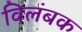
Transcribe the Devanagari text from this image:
विलंबक